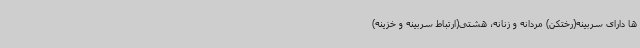
ها دارای سربینه(رختکن) مردانه و زنانه، هشتی(ارتباط سربینه و خزینه)